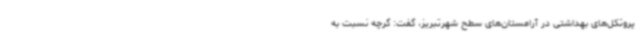
پروتکل‌های بهداشتی در آرامستان‌های سطح شهرتبریز، گفت: گرچه نسبت به